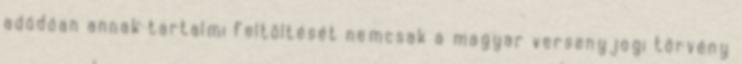
adódóan annak tartalmi feltöltését nemcsak a magyar versenyjogi törvény